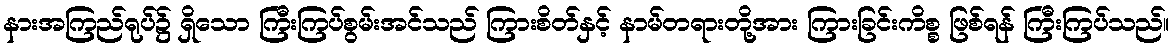
နားအကြည်ရုပ်၌ ရှိသော ကြီးကြပ်စွမ်းအင်သည် ကြားစိတ်နှင့် နာမ်တရားတို့အား ကြားခြင်းကိစ္စ ဖြစ်ရန် ကြီးကြပ်သည်။